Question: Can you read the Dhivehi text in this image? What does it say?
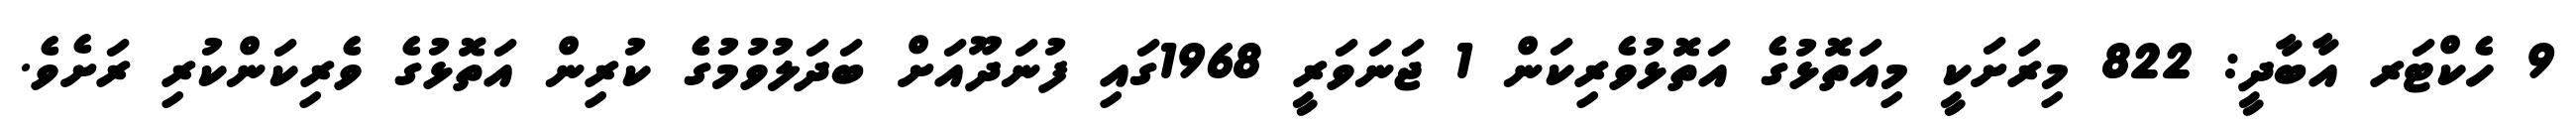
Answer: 9 ހެކްޓަރ އާބާދީ: 822 މިރަށަކީ މިއަތޮޅުގެ އަތޮޅުވެރިކަން 1 ޖަނަވަރީ 1968ގައި ފުނަދޫއަށް ބަދަލުވުމުގެ ކުރިން އަތޮޅުގެ ވެރިކަންކުރި ރަށެވެ.